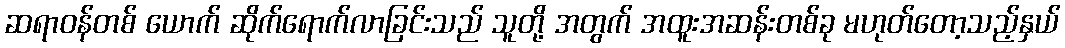
ဆရာဝန်တစ် ယောက် ဆိုက်ရောက်လာခြင်းသည် သူတို့ အတွက် အထူးအဆန်းတစ်ခု မဟုတ်တော့သည့်နှယ်